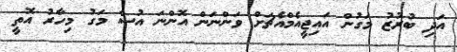
އަދި ބުރުޒު މަގުން އައިޖީއެމްއެޗަށް ވަންނަން އޮންނަ އުސް މަގު މިހާރު އޮތީ